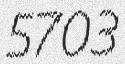
5703